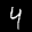
Label: 4